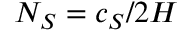
N _ { S } = c _ { S } / 2 H